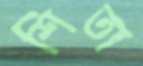
শিতা